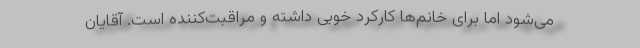
می‌شود اما برای خانم‌ها کارکرد خوبی داشته و مراقبت‌کننده است. آقایان